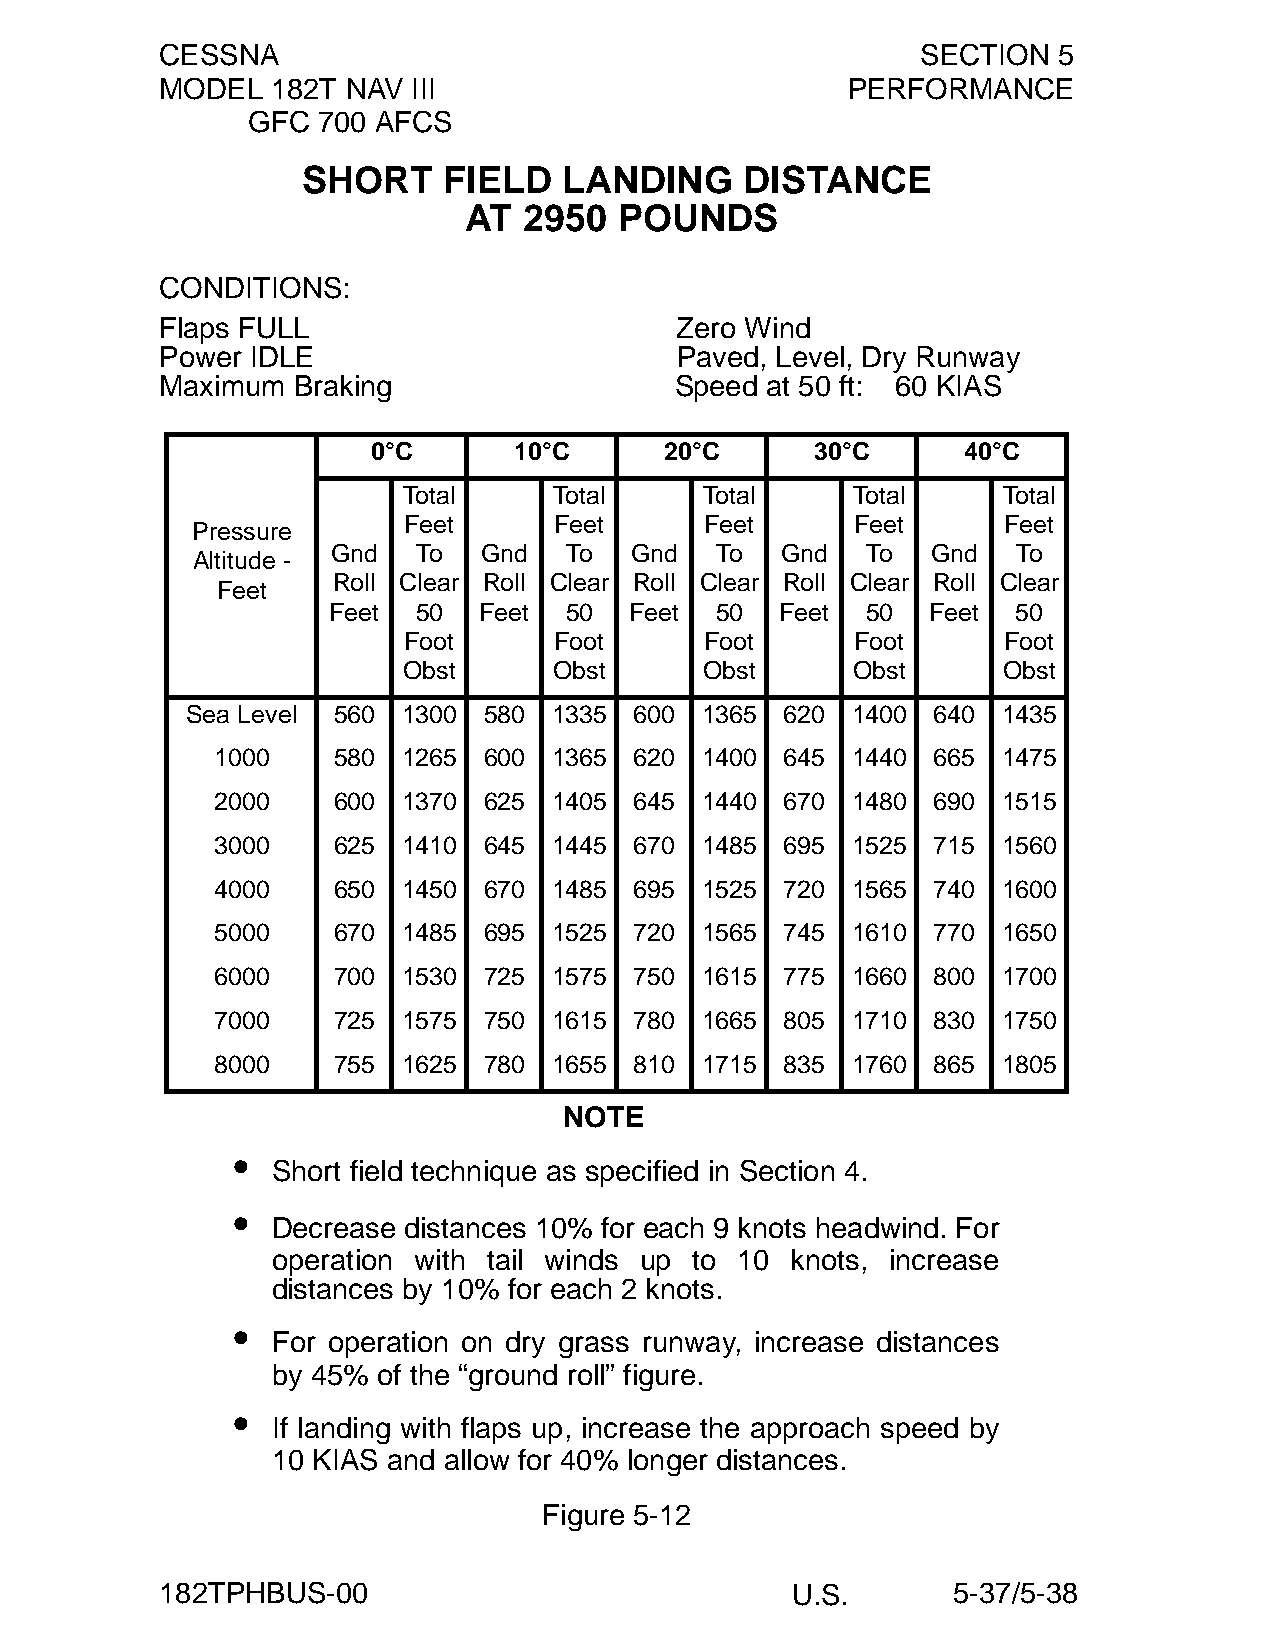
CESSNA                                            SECTION  5
 MODEL  182T NAV III                          PERFORMANCE
 GFC  700 AFCS
 SHORT    FIELD   LANDING     DISTANCE
 AT  2950  POUNDS
 CONDITIONS:
 Flaps FULL                        Zero Wind
 Power IDLE                        Paved, Level, Dry Runway
 Maximum Braking                   Speed at 50 ft: 60 KIAS
 0°C      10°C      20°C      30°C      40°C
 Total     Total     Total    Total     Total
 Feet      Feet      Feet      Feet     Feet
 Pressure
 Gnd   To  Gnd  To   Gnd  To   Gnd  To   Gnd  To
 Altitude -
 Roll Clear Roll Clear Roll Clear Roll Clear Roll Clear
 Feet
 Feet  50  Feet 50   Feet 50   Feet 50   Feet 50
 Foot      Foot      Foot      Foot     Foot
 Obst      Obst      Obst     Obst      Obst
 Sea Level 560  1300 580  1335 600 1365  620 1400  640 1435
 1000    580  1265 600  1365 620 1400  645 1440  665 1475
 2000    600  1370 625  1405 645 1440  670 1480  690 1515
 3000    625  1410 645  1445 670 1485  695 1525  715 1560
 4000    650  1450 670  1485 695 1525  720 1565  740 1600
 5000    670  1485 695  1525 720 1565  745 1610  770 1650
 6000    700  1530 725  1575 750 1615  775 1660  800 1700
 7000    725  1575 750  1615 780 1665  805 1710  830 1750
 8000    755  1625 780  1655 810 1715  835 1760  865 1805
 NOTE
 •
 Short field technique as specified in Section 4.
 •
 Decrease distances 10% for each 9 knots headwind. For
 operation with tail winds up to 10 knots, increase
 distances by 10% for each 2 knots.
 •
 For operation on dry grass runway, increase distances
 by 45% of the “ground roll” figure.
 •
 If landing with flaps up, increase the approach speed by
 10 KIAS and allow for 40% longer distances.
 Figure 5-12
 182TPHBUS-00                             U.S.       5-37/5-38